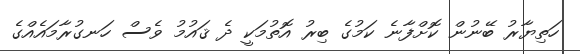
ހަތިޔާރު ބޭނުން ކޮށްފާނެ ކަމުގެ ބިރު އޮތުމަކީ ދެ ޤައުމު ވެސް ހަނގުރާމައެއްގެ